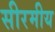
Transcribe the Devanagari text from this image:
सीरमीय